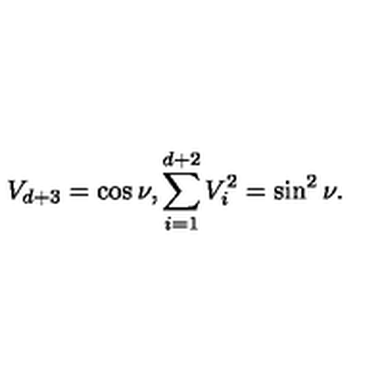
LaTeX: V _ { d + 3 } = \cos \nu , \sum _ { i = 1 } ^ { d + 2 } V _ { i } ^ { 2 } = \sin ^ { 2 } \nu .